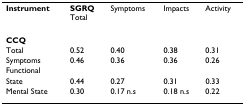
<table><thead><tr><td><b>Instrument</b></td><td><b>SGRQTotal</b></td><td><b>Symptoms</b></td><td><b>Impacts</b></td><td><b>Activity</b></td></tr></thead><tbody><tr><td><b>CCQ</b></td><td></td><td></td><td></td><td></td></tr><tr><td>Total</td><td>0.52</td><td>0.40</td><td>0.38</td><td>0.31</td></tr><tr><td>Symptoms</td><td>0.46</td><td>0.36</td><td>0.36</td><td>0.26</td></tr><tr><td>Functional</td><td></td><td></td><td></td><td></td></tr><tr><td>State</td><td>0.44</td><td>0.27</td><td>0.31</td><td>0.33</td></tr><tr><td>Mental State</td><td>0.30</td><td>0.17 n.s</td><td>0.18 n.s</td><td>0.22</td></tr></tbody></table>